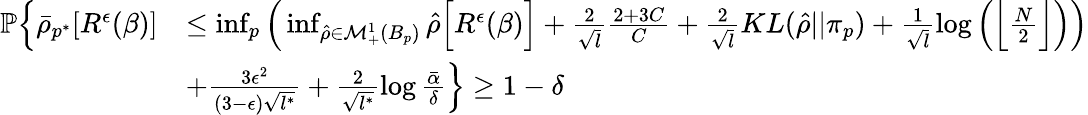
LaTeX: \begin{array}{rl}{\mathbb{P}\Big\{ \bar{\rho}_{p^{*}}[R^{\epsilon}(\beta)]}&{\leq\operatorname*{inf}_{p}\Big(\operatorname*{inf}_{\hat{\rho}\in\mathcal{M}_{+}^{1}(B_{p})}\hat{\rho}\Big[R^{\epsilon}(\beta)\Big]+\frac{2}{\sqrt{l}}\frac{2+3C}{C}+\frac{2}{\sqrt{l}}KL(\hat{\rho}||\pi_{p})+\frac{1}{\sqrt{l}}\log\Big(\Big\lfloor\frac{N}{2}\Big\rfloor\Big)\Big)}\\ &{+\frac{3\epsilon^{2}}{(3-\epsilon)\sqrt{l^{*}}}+\frac{2}{\sqrt{l^{*}}}\log\frac{\bar{\alpha}}{\delta}\Big\} \geq 1-\delta}\end{array}